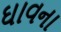
ઘાવના